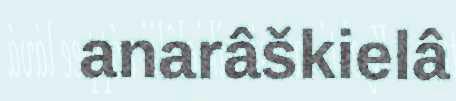
anarâškielâ